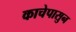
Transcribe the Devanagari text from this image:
काचेपासुन